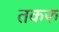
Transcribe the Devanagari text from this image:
तकरु